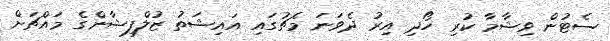
ސެޓުން ވިޝާމާ ކުރި ހޯދި އިރު ދެވަނަ މެޗުގައި އައިޝަތު ޒުލްފިޝާންގެ މައްޗަށް